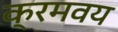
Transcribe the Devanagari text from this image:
क्रमवय